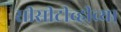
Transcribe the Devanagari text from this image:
सीसीटीव्हीच्या